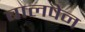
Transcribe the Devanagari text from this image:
बालपेन